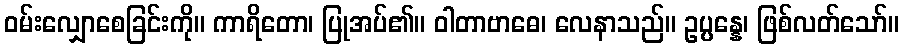
ဝမ်းလျှောစေခြင်းကို။ ကာရိတော၊ ပြုအပ်၏။ ဝါတာဗာဓေ၊ လေနာသည်။ ဥပ္ပန္နေ၊ ဖြစ်လတ်သော်။